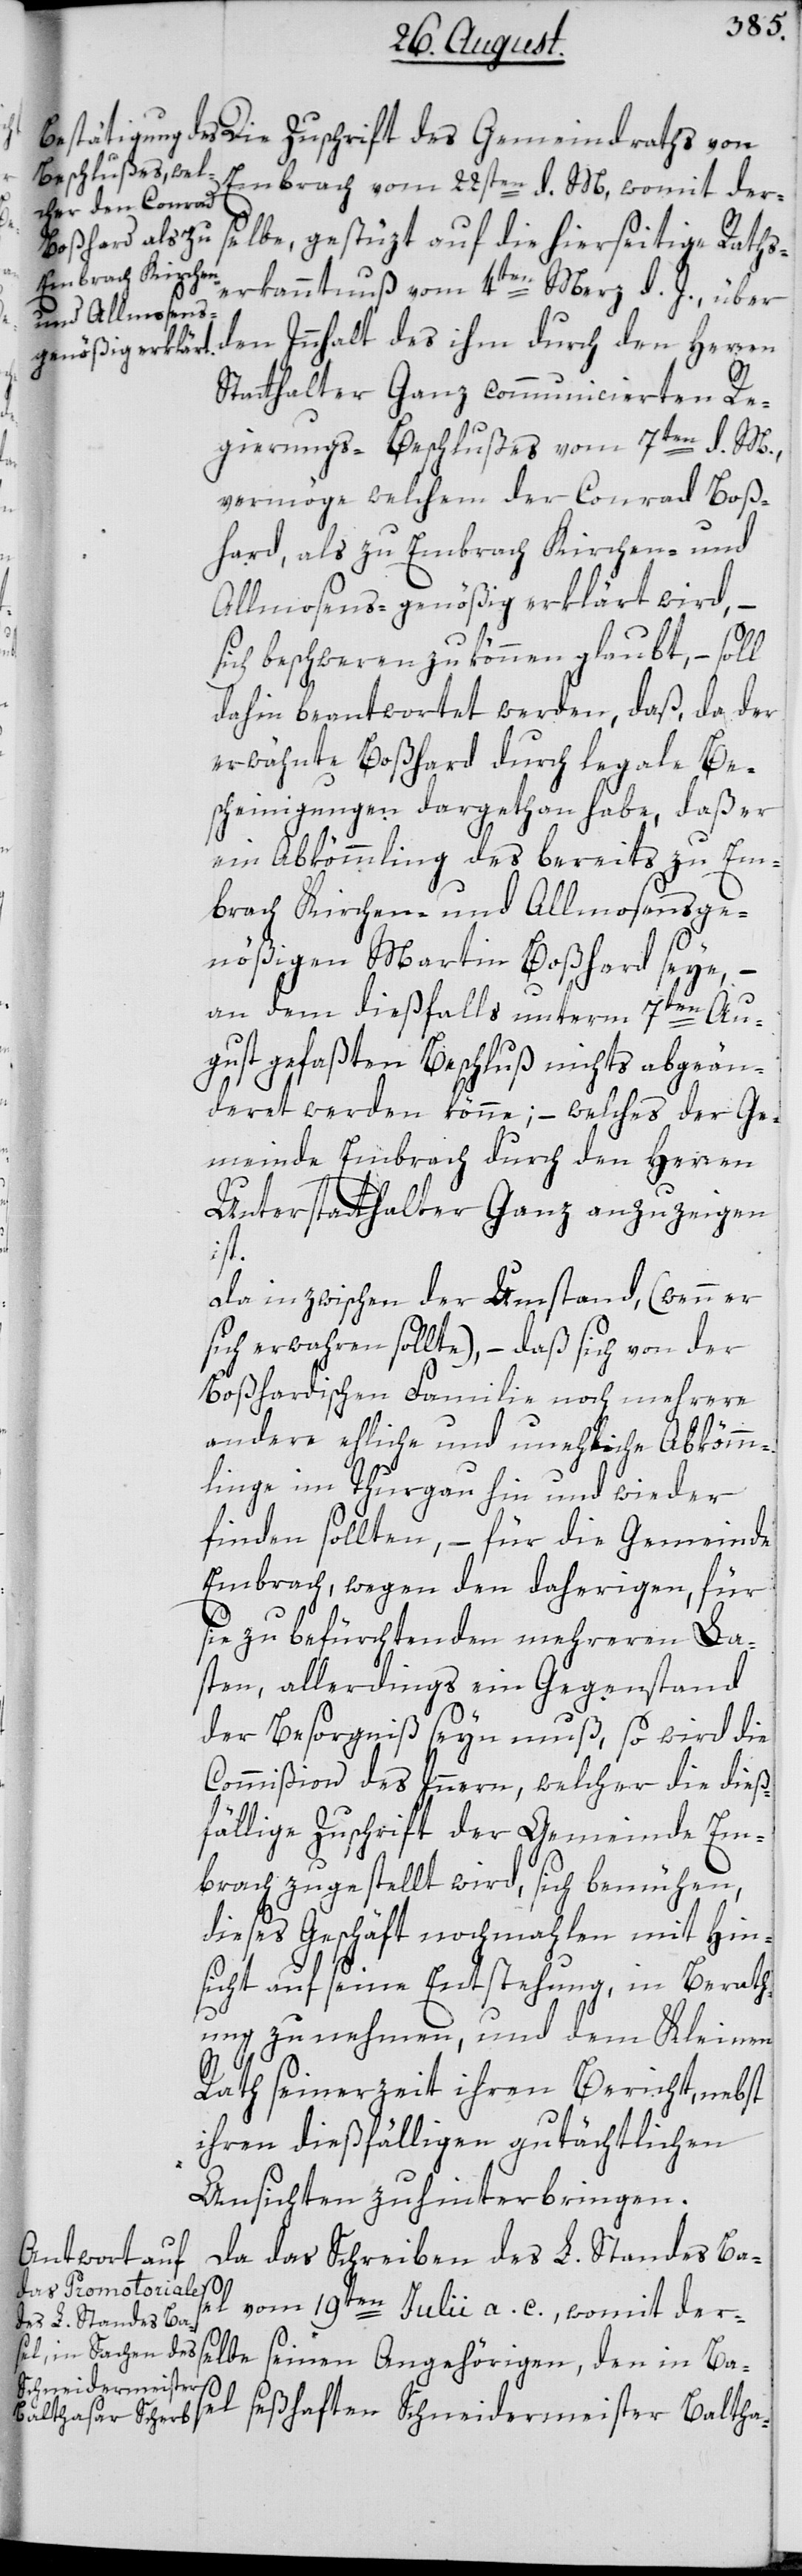
Die

Embrach vom 22sten d. M, womit der¬
selbe, gestüzt auf die hierseitige Raths¬
erkanntnuß vom 4ten Merz d. J., über
den Innhalt des ihm durch den Herren
Statthalter ganz communicierten Re¬
gierungs-Beschlußes vom 7ten d. M.,
vermöge welchem der Conrad Boß¬
hard, als zu Embrach Kirchen- und
Allmosens-genößig erklärt wird, –
sich beschweren zu können glaubt, – soll
dahin beantwortet werden, daß da der
erwähnte Boßhard durch legale Be¬
scheinigungen dargethan habe, daß er
ein Abkömmling des bereits zu Em¬
brach Kirchen- und Allmosenge¬
nößigen Martin Boßhard seye, –
an dem dießfalls unterm 7ten Au¬
gust gefaßten Beschluß nichts abgeän¬
deret werden könne; – welches der Ge¬
meinde Embrach durch den Herren
Unterstatthalter Ganz anzuzeigen
ist.
Da inzwischen der Umstand, (wenn er
sich erwahren sollte), – daß sich von der
Boßhardischen Familie noch mehrere
andere ehliche und unehliche Abkömm¬
linge im Thurgau hin und wieder
finden sollten, – für die Gemeinde
Embrach, wegen den daherigen, für
sie zu befürchtenden mehreren La¬
sten, allerdings ein Gegenstand
der Besorgniß seyn muß, so wird die
Commißion des Innern, welcher die dieß¬
fällige Zuschrift der Gemeinde Em¬
brach zugestellt wird, sich bemühen,
dieses Geschäft nochmahlen mit Hin¬
sicht auf seine Entstehung, in Berath¬
ung zu nehmen, und dem Kleinen
Rath seinerzeit ihren Bericht, nebst
ihren dießfälligen gutächtlichen
Ansichten zu hinterbringen.
Da das Schreiben des L. Standes Ba¬
des Gemeindraths
sel vom 19ten Julii a. c., womit der¬
selbe seinen Angehörigen, den in Bas¬
el seßhaften Schneidermeister Baltha-